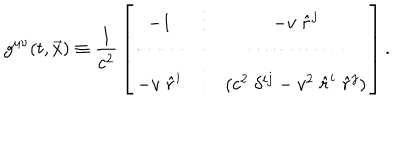
g ^ { \mu \nu } ( t , \vec { x } ) \equiv { \frac { 1 } { c ^ { 2 } } } \left[ \begin{matrix} { { - 1 } } & { { \vdots } } & { { - v \; \hat { r } ^ { j } } } \\ { { \cdots \cdots } } & { { \cdot } } & { { \cdots \cdots \cdots \cdots } } \\ { { - v \; \hat { r } ^ { i } } } & { { \vdots } } & { { ( c ^ { 2 } \; \delta ^ { i j } - v ^ { 2 } \; \hat { r } ^ { i } \; \hat { r } ^ { j } ) } } \\ \end{matrix} \right] .